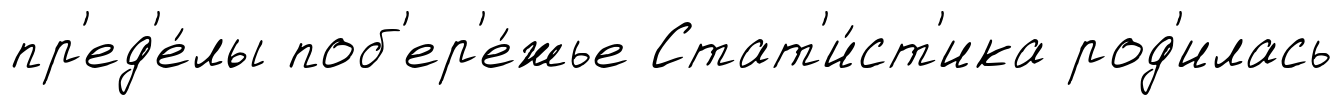
пр'ед'е́лы поб'ер'е́жье Стат'и́ст'ика род'илась